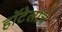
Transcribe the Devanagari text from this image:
हॉटेलांचे